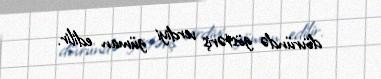
dövründə göstəriş verdiyi güman edilir.